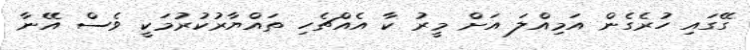
ގޭގައި ހުރެގެން އަމިއްލަ އަށް މީރު ކާ އެއްޗެހި ތައްޔާރުކުރުމަކީ ވެސް އޭނާ